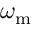
\omega _ { \mathrm { m } }